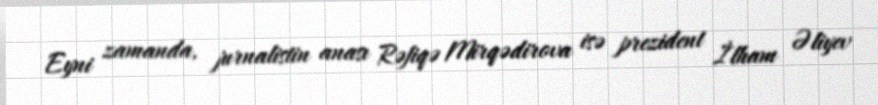
Eyni zamanda, jurnalistin anası Rəfiqə Mirqədirova isə prezident İlham Əliyev